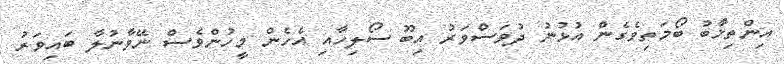
އިންތިޚާބު ބޯމަތިވެގެން އުޅުނު ދުވަސްވަރު އިބޫ ސޯލިހާއި އެހެން މީހުންވެސް ނޭވާނުލާ ބައިވަރު